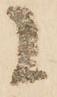
に